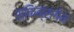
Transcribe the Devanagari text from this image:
स्किन्सगेम